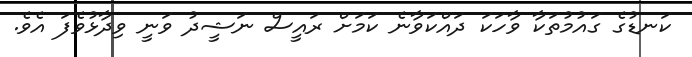
ކަނޑުގެ ގައުމުތަކާ ވާހަކަ ދައްކަވާނެ ކަމަށް ރައީސް ނަޝީދު ވަނީ ވިދާޅުވެފަ އެވެ.